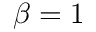
\beta = 1